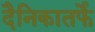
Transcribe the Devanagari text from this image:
दैनिकातर्फे